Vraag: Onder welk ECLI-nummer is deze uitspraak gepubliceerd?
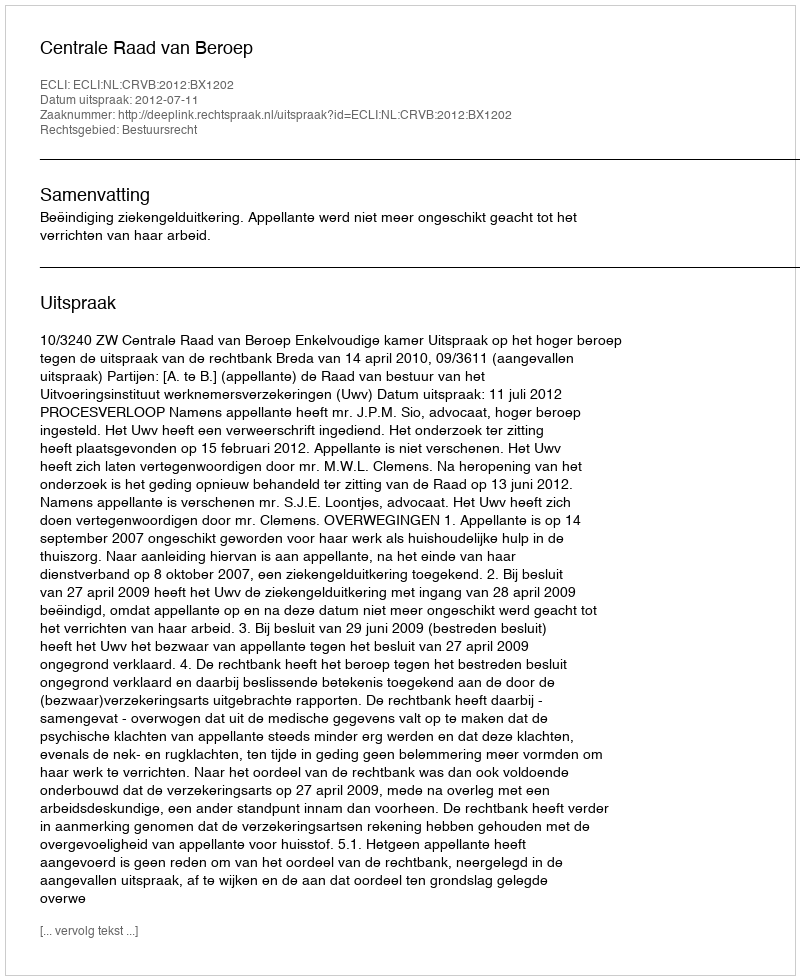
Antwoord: ECLI:NL:CRVB:2012:BX1202